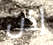
إذن